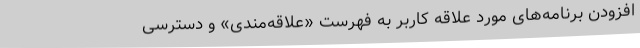
افزودن برنامه‌های مورد علاقه کاربر به فهرست «علاقه‌مندی» و دسترسی